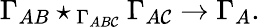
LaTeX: \Gamma_{AB}\star_{\, \Gamma_{AB\mathcal{C}}}\Gamma_{A\mathcal{C}}\rightarrow\Gamma_{A}.